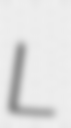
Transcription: L